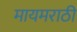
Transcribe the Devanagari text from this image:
मायमराठी